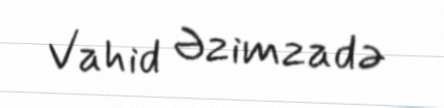
Vahid Əzimzadə